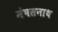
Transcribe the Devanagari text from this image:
मेषसनाथ